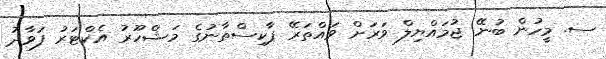
ސ. މީހުން ބުނޭ ޖުމައްޔިލް ވަރަށް ވައްތަރޭ ޕާކިސްތާނުގެ މަޝްހޫރު އެކްޓަރު ފަވާދު